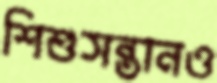
শিশুসন্তানও